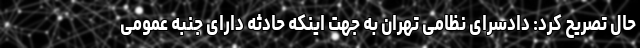
حال تصریح کرد: دادسرای نظامی تهران به جهت اینکه حادثه دارای جنبه عمومی